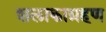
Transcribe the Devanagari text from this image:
शलाकाग्रहण